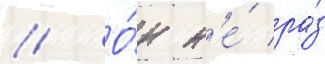
// О́н н'е́ ра́з